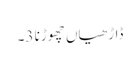
ڈاڑھیاں چھوڑنا 3۔